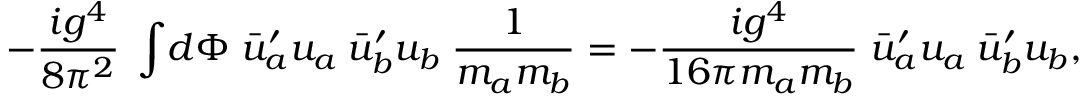
- \frac { i g ^ { 4 } } { 8 \pi ^ { 2 } } \; \int { \! d \Phi \; \bar { u } _ { a } ^ { \prime } { } u _ { a } \: \bar { u } _ { b } ^ { \prime } { } u _ { b } \; \frac { 1 } { m _ { a } m _ { b } } } = - \frac { i g ^ { 4 } } { 1 6 \pi m _ { a } m _ { b } } \; \bar { u } _ { a } ^ { \prime } { } u _ { a } \: \bar { u } _ { b } ^ { \prime } { } u _ { b } ,